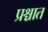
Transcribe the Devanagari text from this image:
प्रश्चात